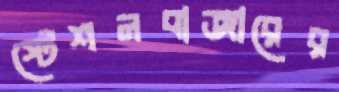
স্টেশনবাজারের